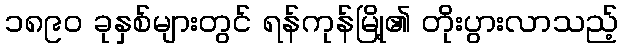
၁၈၉၀ ခုနှစ်များတွင် ရန်ကုန်မြို့၏ တိုးပွားလာသည့်